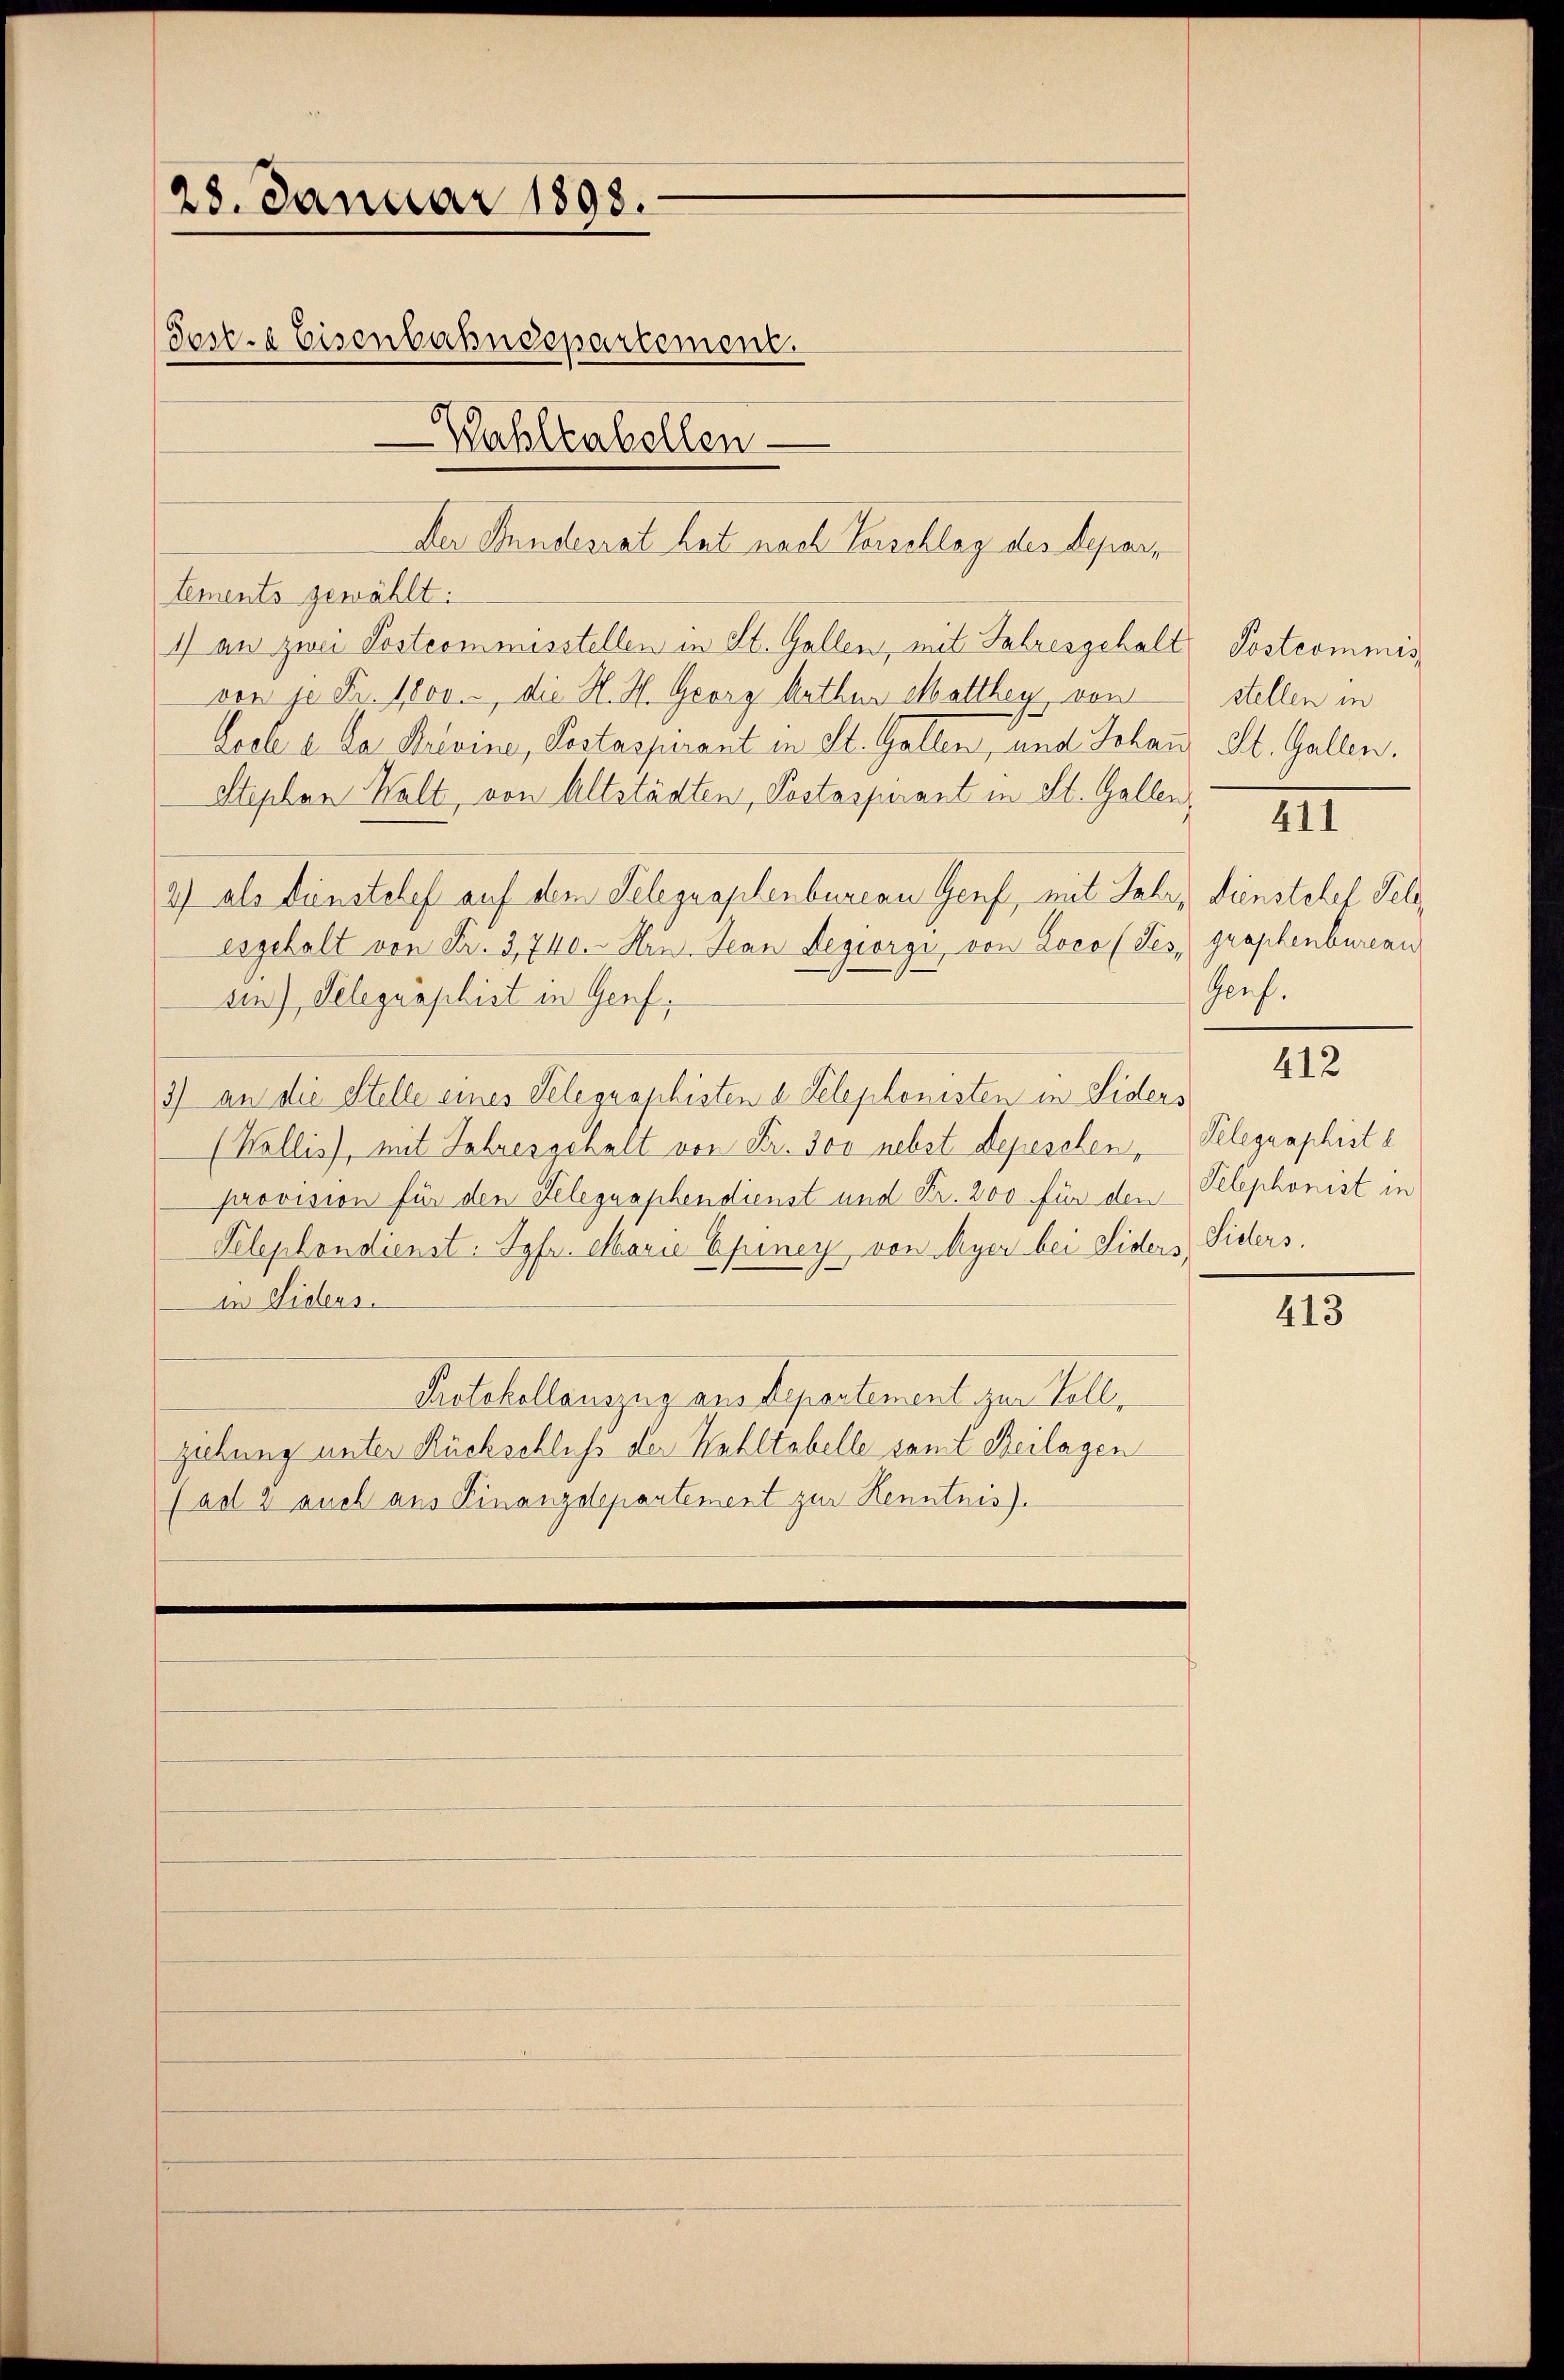
28. Januar 1898.
Tos.« Eisenbahndepartement.
Wahleabellen

tements gewählt:
1) an zwei Postcommisstellen in St. Gallen, mit Jahresgehalt
von je Fr. 1800. die H. H. Georg Arthur Matthey von
Loole a. Das Privine, Pestaspirant in St. Gallen, und Johann, St. Gallen.
Stephan Walt, von Altstädten, Postaspirant in St. Gallen,
2) als Dunstelef auf den Telegraphenbureau Genf, mit Jahr, Dienstehel Felesgehalt von Fr. 3, 740. Hrn. Jean Regiorgi, von Loco (des graphenbureau
sin), Gelegraphist in Genf,
3) an die Stelle eines Selegraphisten a Telephonisten in Siders
(Wallis), mit Jahresgehalt von Fr. 300 nebst Depeschen,
provision für den Telegraphendienst und Kr. 200 für den
Telephondienst. Syfr. Marie Epiney von Meyer bei Siders
in Siders.
Protokollauszug aus Departement zur Vollziehung unter Rückschluß der Kahltabelle samt Beilagen
(ad 2 auch aus Finanzdepartement zur Kenntnis

Der Stundesrat hat nach Verschlag des Depar¬

Postcommis
stellen in
III
Gruf.

412

Telegraphist e
Telephonist in
Sidlers.

413